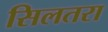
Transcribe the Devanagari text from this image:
सिलतरा